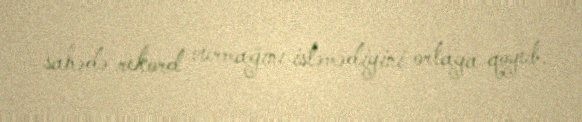
sahədə rekord vurmağını istəmədiyini ortaya qoyub.